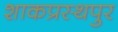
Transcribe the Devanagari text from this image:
शाकप्रस्थपुर